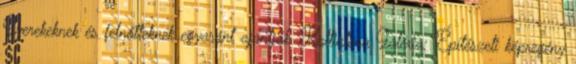
Gyerekeknek és felnőtteknek egyaránt ajánlják. Kattintson Galéria: Építészeti képregény